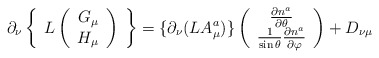
\begin{align*}\partial_\nu\left\{\begin{array}{c}L\left(\begin{array}{c}G_\mu\\H_\mu\end{array}\right)\end{array}\right\}=\{\partial_\nu(LA^a_\mu)\} \left(\begin{array}{c} \frac{\partial n^a}{\partial\theta}\\ \frac{1}{\sin\theta}\frac{\partial n^a}{\partial\varphi} \end{array}\right)+D_{\nu\mu}\end{align*}